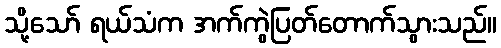
သို့သော် ရယ်သံက အက်ကွဲပြတ်တောက်သွားသည်။